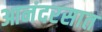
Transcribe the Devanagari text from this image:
आनंदरसात